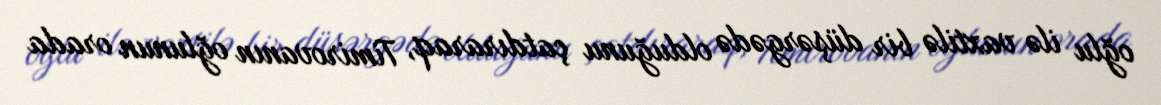
oğlu ilə vaxtilə bir düşərgədə olduğunu çatdıraraq, Timirovanın oğlunun orada